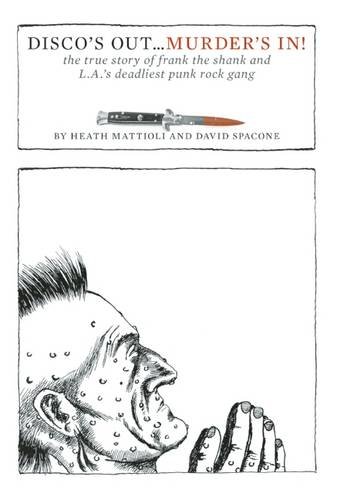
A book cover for Disco's Out...Murder's In!: The True Story of Frank the Shank and L.A.'s Deadliest Punk Rock Gang; Heath Mattioli; Biographies & Memoirs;